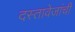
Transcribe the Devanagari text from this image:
दस्तावेजांची